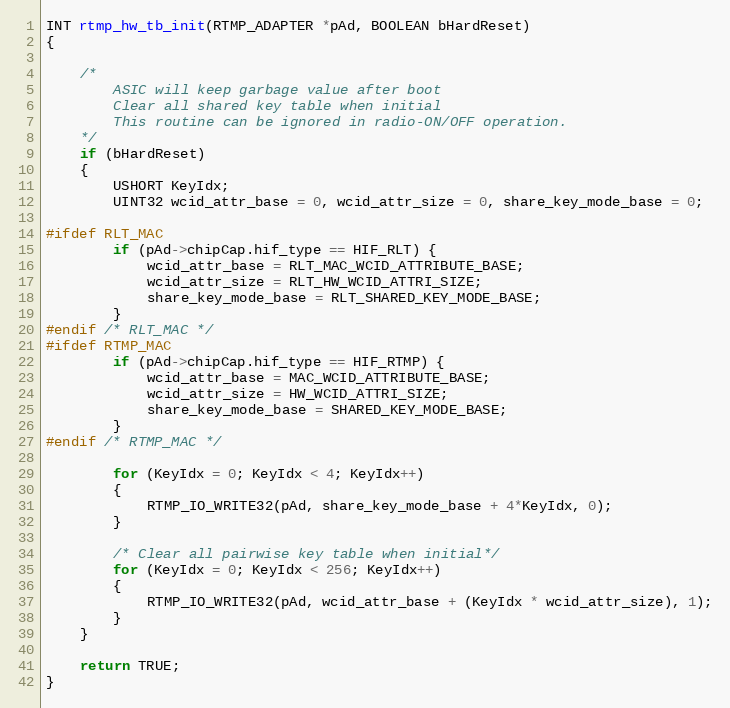
Language: C
INT rtmp_hw_tb_init(RTMP_ADAPTER *pAd, BOOLEAN bHardReset)
{

	/*
		ASIC will keep garbage value after boot
		Clear all shared key table when initial
		This routine can be ignored in radio-ON/OFF operation.
	*/
	if (bHardReset)
	{
		USHORT KeyIdx;
		UINT32 wcid_attr_base = 0, wcid_attr_size = 0, share_key_mode_base = 0;

#ifdef RLT_MAC
		if (pAd->chipCap.hif_type == HIF_RLT) {
			wcid_attr_base = RLT_MAC_WCID_ATTRIBUTE_BASE;
			wcid_attr_size = RLT_HW_WCID_ATTRI_SIZE;
			share_key_mode_base = RLT_SHARED_KEY_MODE_BASE;
		}
#endif /* RLT_MAC */
#ifdef RTMP_MAC
		if (pAd->chipCap.hif_type == HIF_RTMP) {
			wcid_attr_base = MAC_WCID_ATTRIBUTE_BASE;
			wcid_attr_size = HW_WCID_ATTRI_SIZE;
			share_key_mode_base = SHARED_KEY_MODE_BASE;
		}
#endif /* RTMP_MAC */

		for (KeyIdx = 0; KeyIdx < 4; KeyIdx++)
		{
			RTMP_IO_WRITE32(pAd, share_key_mode_base + 4*KeyIdx, 0);
		}

		/* Clear all pairwise key table when initial*/
		for (KeyIdx = 0; KeyIdx < 256; KeyIdx++)
		{
			RTMP_IO_WRITE32(pAd, wcid_attr_base + (KeyIdx * wcid_attr_size), 1);
		}
	}

	return TRUE;
}